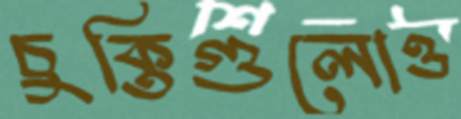
চুক্তিগুলোও